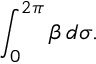
\int _ { 0 } ^ { 2 \pi } \beta \, d \sigma .